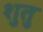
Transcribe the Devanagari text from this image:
शुतु